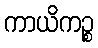
ကာယိကဉ္စ